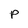
Character: p